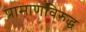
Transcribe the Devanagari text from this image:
प्रामाणविरुद्ध